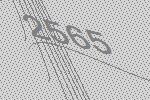
2565